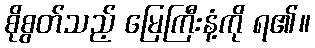
စိုစွတ်သည့် မြေကြီးနံ့ကို ရ၏။